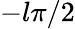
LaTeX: -l\pi/2